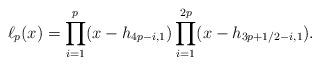
LaTeX: \begin{gather*}\ell_p(x)=\prod\limits_{i=1}^{p}(x- h_{4p-i,1}) \prod\limits_{i=1}^{2p} (x-h_{3p+1/2 -i,1}).\end{gather*}